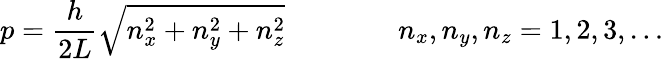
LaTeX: p={\frac{h}{2L}}{\sqrt{n_{x}^{2}+n_{y}^{2}+n_{z}^{2}}}\qquad\qquad n_{x},n_{y},n_{z}=1,2,3,\ldots